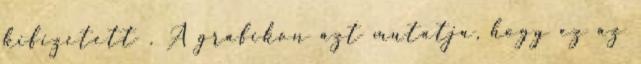
kifizetett . A grafikon azt mutatja, hogy ez az